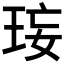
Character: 𤥑